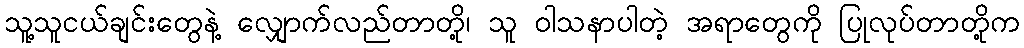
သူ့သူငယ်ချင်းတွေနဲ့ လျှောက်လည်တာတို့၊ သူ ဝါသနာပါတဲ့ အရာတွေကို ပြုလုပ်တာတို့က